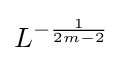
L^{-{\frac {1}{2m-2}}}